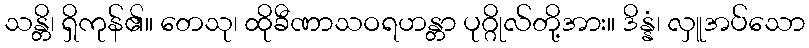
သန္တိ၊ ရှိကုန်၏။ တေသု၊ ထိုခီဏာသဝရဟန္တာ ပုဂ္ဂိုလ်တို့အား။ ဒိန္နံ၊ လှူအပ်သော